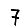
Digit: 7